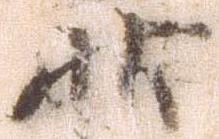
状